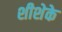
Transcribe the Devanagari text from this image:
शीशेके